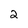
Character: 2